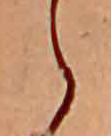
ら